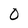
Character: O